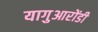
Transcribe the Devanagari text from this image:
यागुआरोंडी